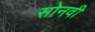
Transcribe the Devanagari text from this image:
सोनवी